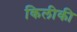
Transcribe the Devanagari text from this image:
किलीकी